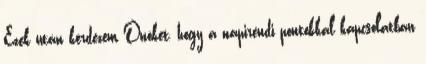
Ezek után kérdezem Önöket, hogy a napirendi pontokkal kapcsolatban